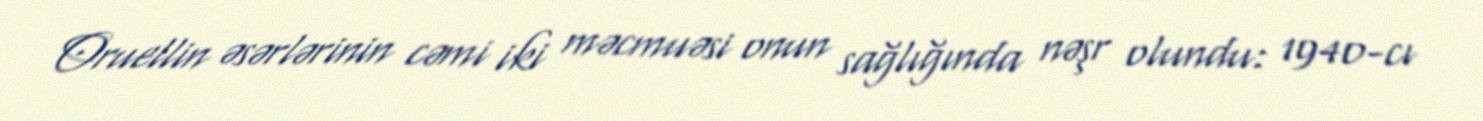
Oruellin əsərlərinin cəmi iki məcmuəsi onun sağlığında nəşr olundu: 1940-cı